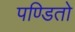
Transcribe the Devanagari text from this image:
पण्डितो